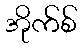
အိုက်စ်